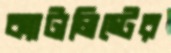
ক্যাটালিস্টের